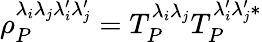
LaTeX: \rho_{P}^{\lambda_{i}\lambda_{j}\lambda_{i}^{\prime}\lambda_{j}^{\prime}}=T_{P}^{\lambda_{i}\lambda_{j}}T_{P}^{\lambda_{i}^{\prime}\lambda_{j}^{\prime}*}